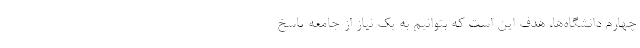
چهارم دانشگاه‌ها، هدف این است که بتوانیم به یک نیاز از جامعه پاسخ